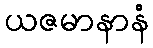
ယဇမာနာနံ